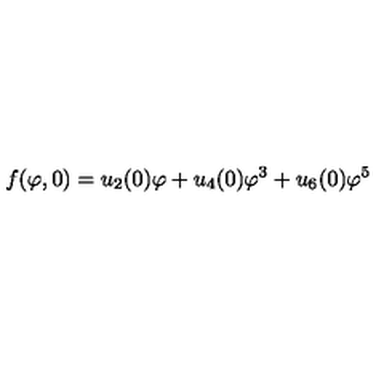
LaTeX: f ( \varphi , 0 ) = u _ { 2 } ( 0 ) \varphi + u _ { 4 } ( 0 ) \varphi ^ { 3 } + u _ { 6 } ( 0 ) \varphi ^ { 5 }